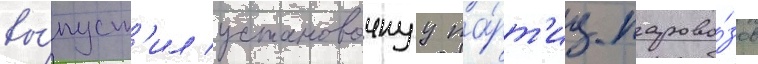
вы́пуст'ил установочнуу па́рт'иу парово́зов